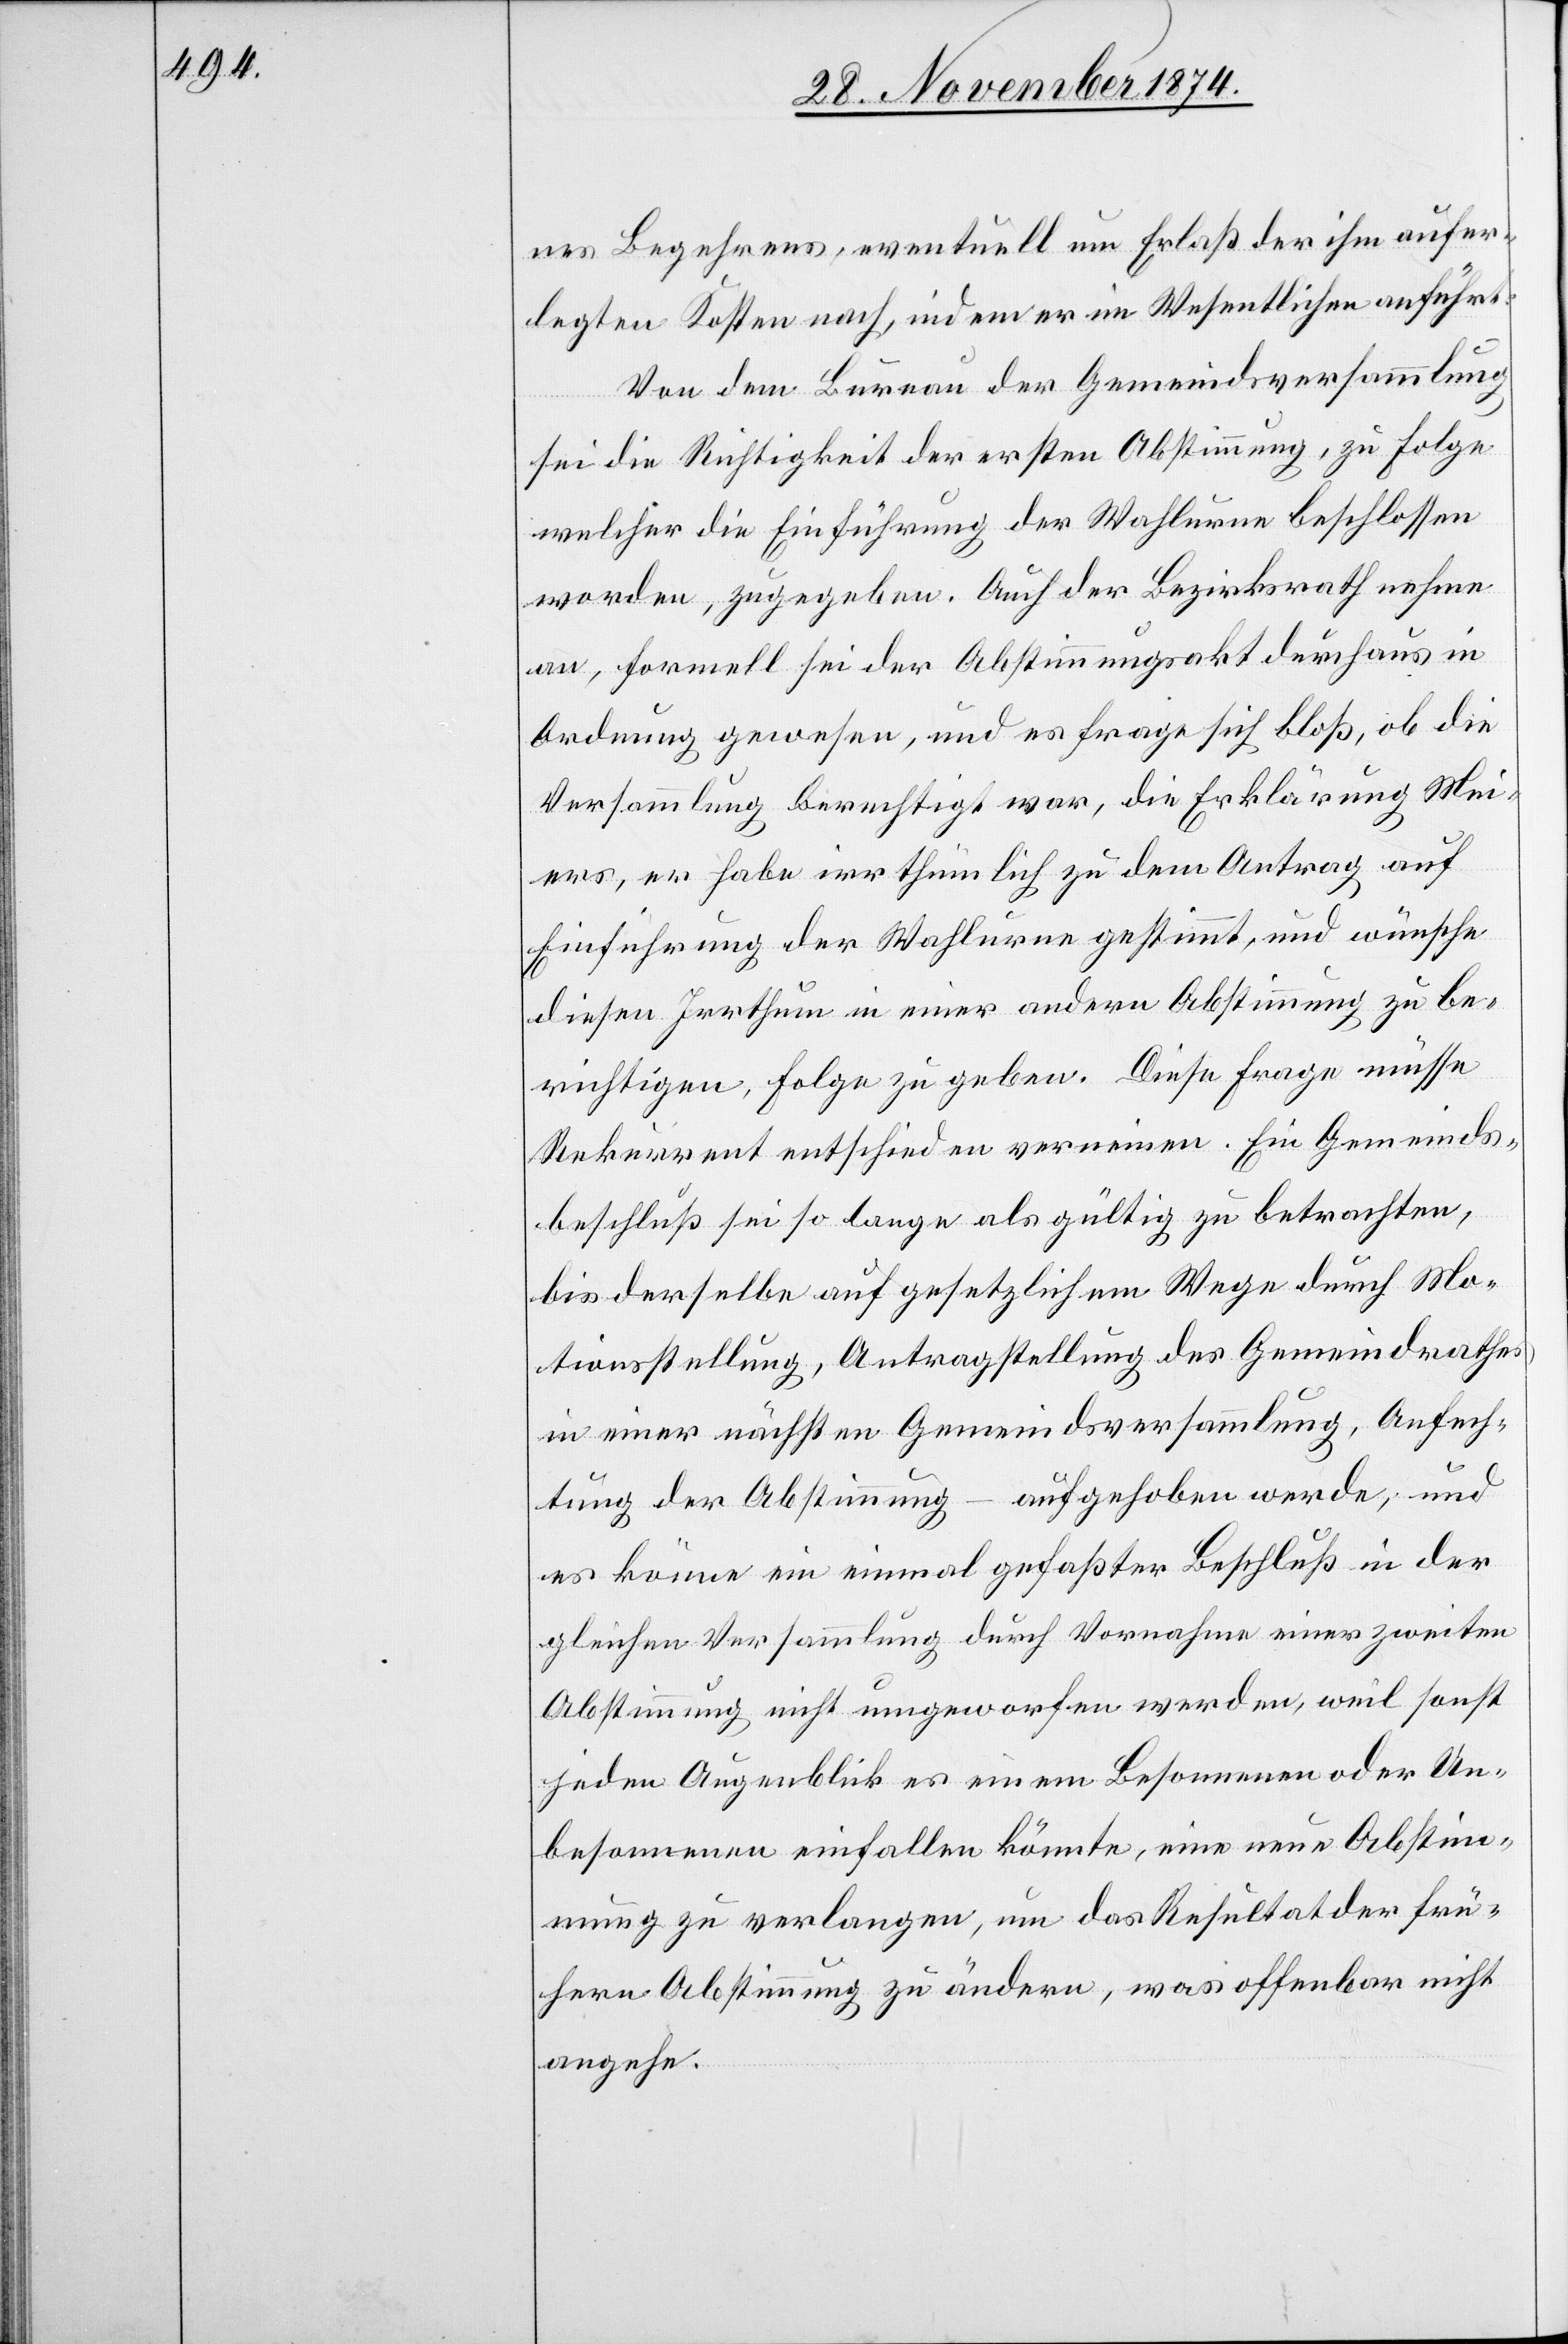
nes Begehrens, eventuell um Erlaß der ihm aufer¬
legten Kosten nach, indem er im Wesentlichen anführt:
Von dem Bureau der Gemeindsversammlung
sei die Richtigkeit der ersten Abstimmung, zu Folge
welcher die Einführung der Wahlurne beschlossen
worden, zugegeben. Auch der Bezirksrath nehme
an, formell sei der Abstimmungsakt durchaus in
Ordnung gewesen, und es frage sich bloß, ob die
Versammlung berechtigt war, die Erklärung Mei¬
ers, er habe irrthümlich zu dem Antrag auf
Einführung der Wahlurne gestimmt, und wünsche
diesen Irrthum in einer andern Abstimmung zu be¬
richtigen, Folge zu geben. Diese Frage müsse
Rekurrent entschieden verneinen. Ein Gemeinds¬
beschluß sei so lange als gültig zu betrachten,
bis derselbe auf gesetzlichem Wege durch Mo¬
tionsstellung, Antragstellung des Gemeindrathes
in einer nächsten Gemeindsversammlung, Anfech¬
tung der Abstimmung – aufgehoben werde, und
es könne ein einmal gefaßter Beschluß in der
gleichen Versammlung durch Vornahme einer zweiten
Abstimmung nicht umgeworfen werden, weil sonst
jeden Augenblick es einem Besonnenen oder Un¬
besonnenen einfallen könnte, eine neue Abstim¬
mung zu verlangen, um das Resultat der frü¬
hern Abstimmung zu ändern, was offenbar nicht
angehe.